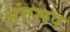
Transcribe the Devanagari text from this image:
अंतरूप